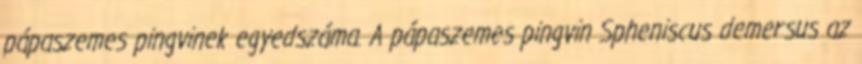
pápaszemes pingvinek egyedszáma. A pápaszemes pingvin Spheniscus demersus az